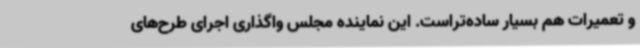
و تعمیرات هم بسیار ساده‌تراست. این نماینده مجلس واگذاری اجرای طرح‌های